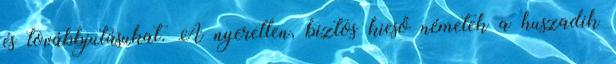
és továbbjutásukat. A nyeretlen, biztos kieső németek a huszadik